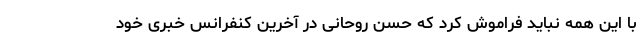
با این همه نباید فراموش کرد که حسن روحانی در آخرین کنفرانس خبری خود